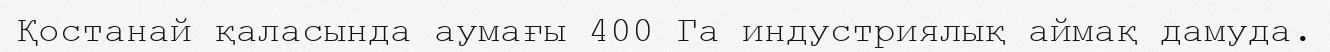
Қостанай қаласында аумағы 400 Га индустриялық аймақ дамуда.